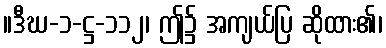
။ဒီဃ-၁-ဋ္ဌ-၁၁၂၊ ဤ၌ အကျယ်ပြ ဆိုထား၏၊